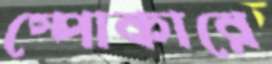
স্পোকারে